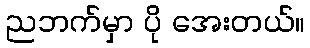
ညဘက်မှာ ပို အေးတယ်။